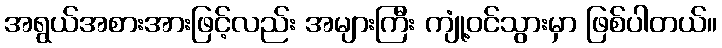
အရွယ်အစားအားဖြင့်လည်း အများကြီး ကျုံ့ဝင်သွားမှာ ဖြစ်ပါတယ်။